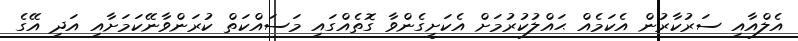
އެލްއާއި ސަރުކާރުން އެކަމެއް ޙައްލުކުރުމަށް އެކަށީގެންވާ ގޮތެއްގައި މަސައްކަތް ކުރަންވާނޭކަމަށާއި އަދި އޭގެ